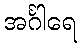
အင်္ဂါရေ